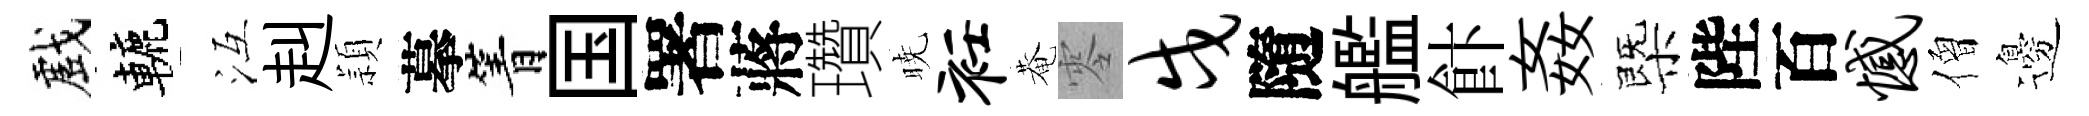
戲轆冱赳頴摹箐国署蔣瓚暁衽菴零戍隨艦飰姦㮣陛百憾僧邊